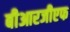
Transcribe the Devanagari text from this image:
बीआरजीएफ